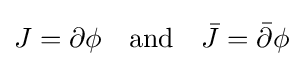
J=\partial \phi \quad {\text{and}}\quad {\bar {J}}={\bar {\partial }}\phi